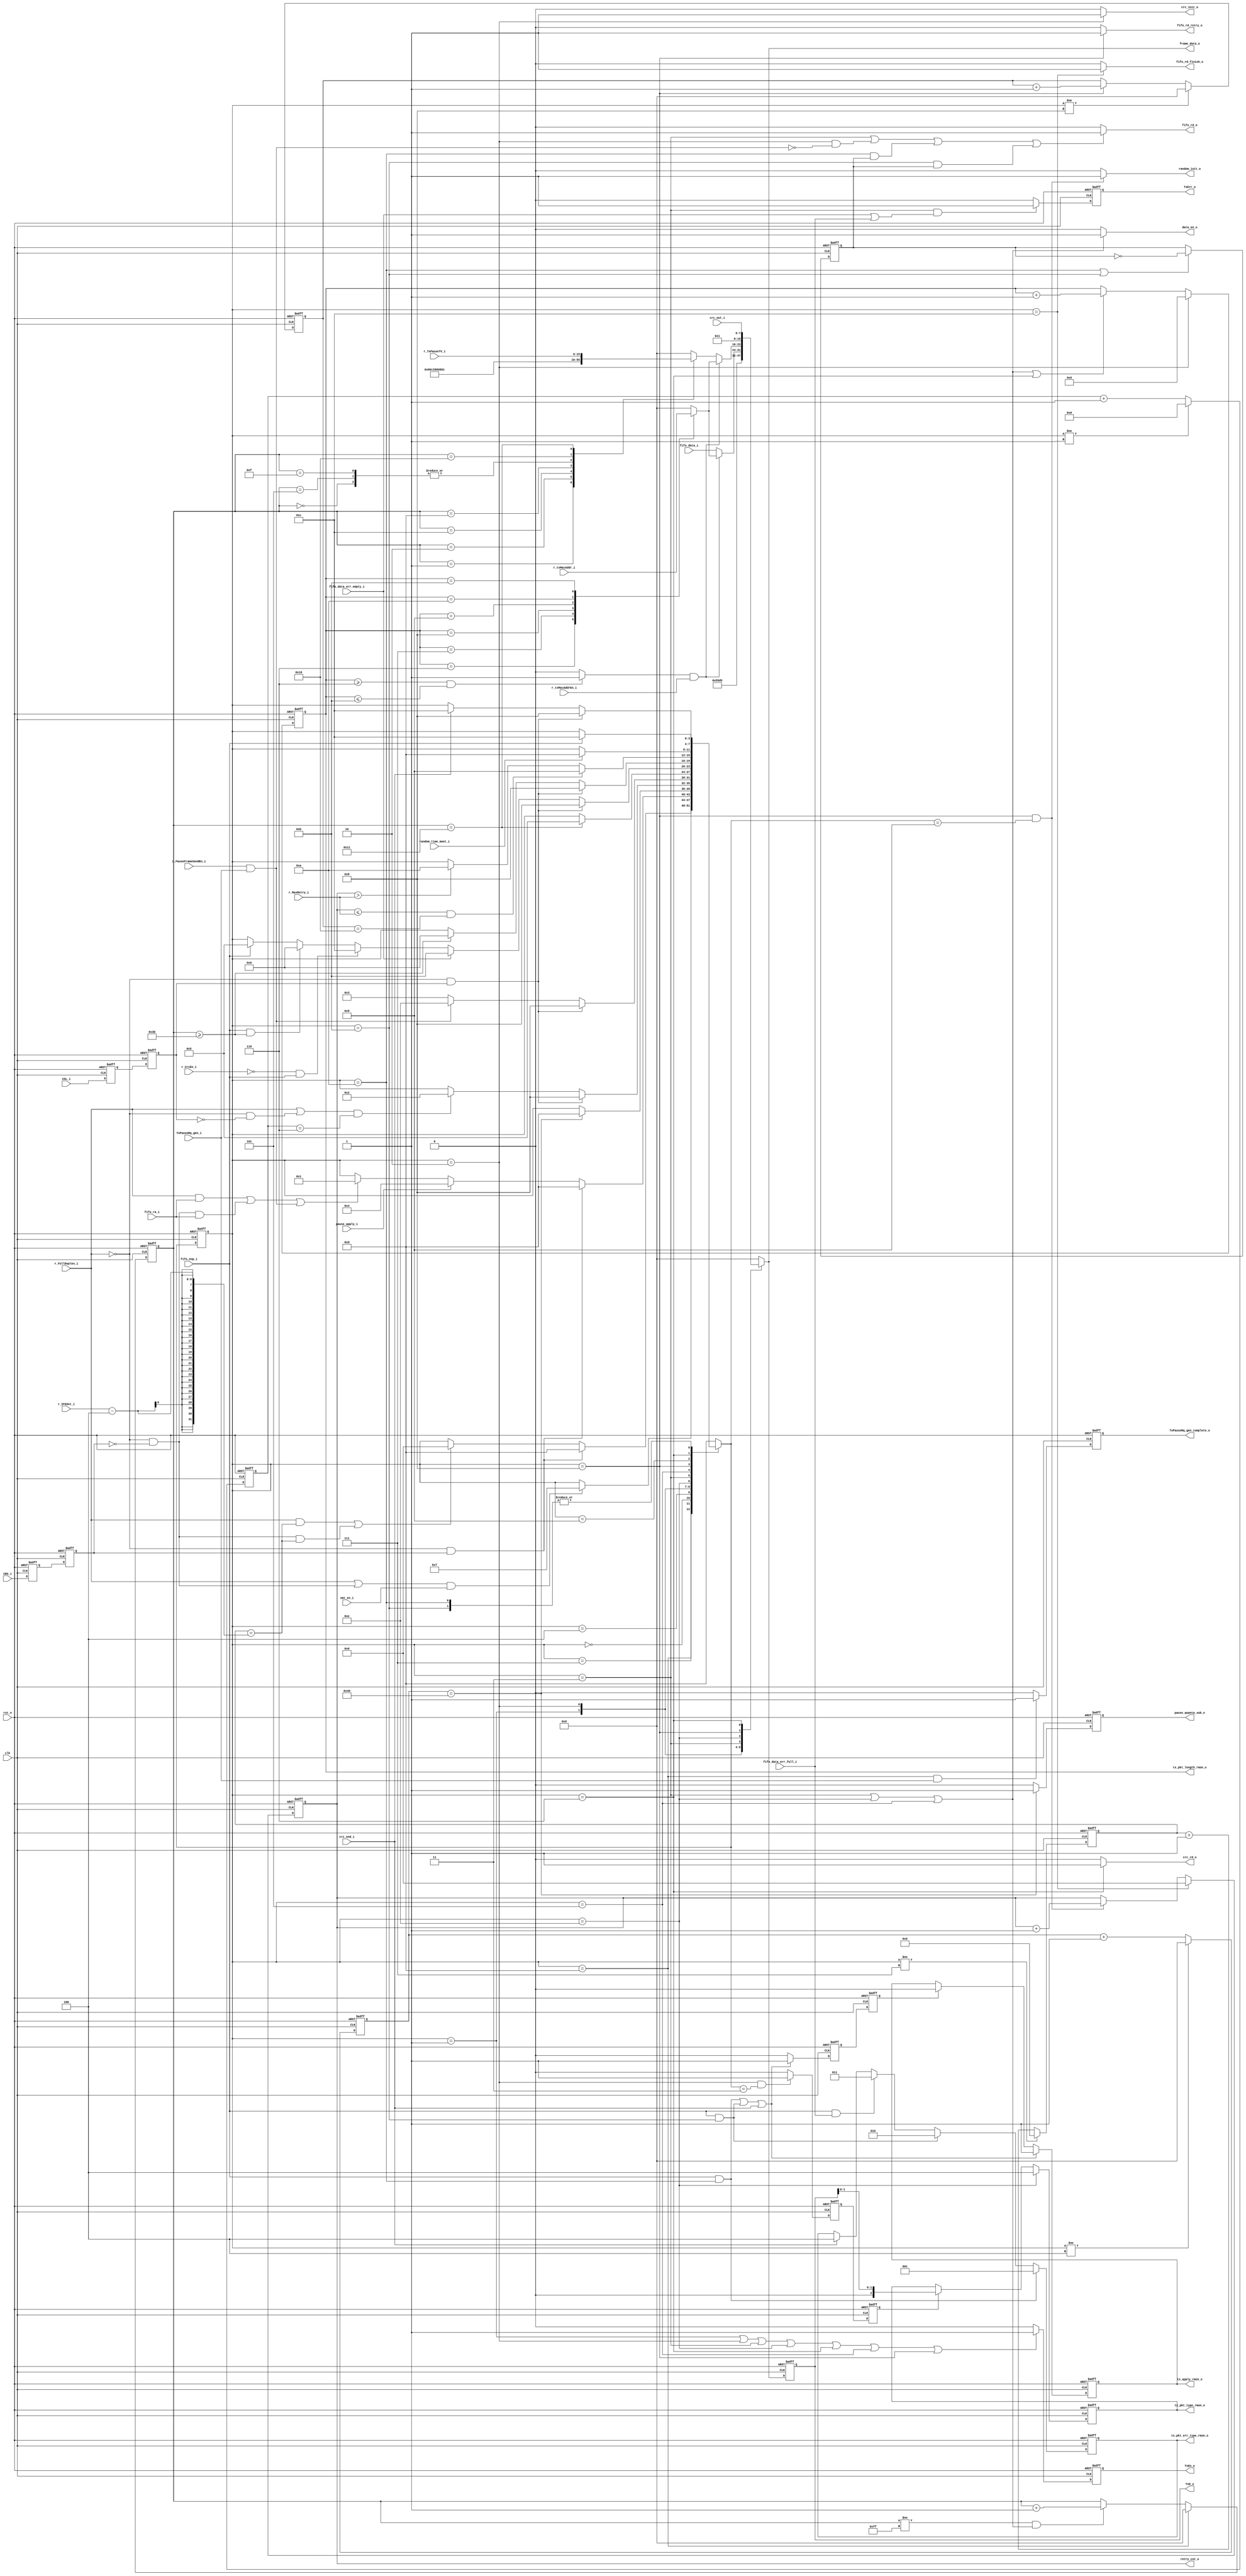
/*+
 * Copyright (c) 2022-2023 Zhengde
 *
 * Copyright (c) 2001 Jon Gao (gaojon@yahoo.com) 
 *
 * All rights reserved.
 * 
 * Redistribution and use in source and binary forms, with or without
 * modification, are permitted provided that the following conditions are met:
 * 
 * 1 Redistributions of source code must retain the above copyright notice, this
 *   list of conditions and the following disclaimer.
 * 
 * 2 Redistributions in binary form must reproduce the above copyright notice,
 *   this list of conditions and the following disclaimer in the documentation
 *   and/or other materials provided with the distribution.
 * 
 * 3 Neither the name of the copyright holder nor the names of its
 *   contributors may be used to endorse or promote products derived from
 *   this software without specific prior written permission.
 * 
 * THIS SOFTWARE IS PROVIDED BY THE COPYRIGHT HOLDERS AND CONTRIBUTORS "AS IS"
 * AND ANY EXPRESS OR IMPLIED WARRANTIES, INCLUDING, BUT NOT LIMITED TO, THE
 * IMPLIED WARRANTIES OF MERCHANTABILITY AND FITNESS FOR A PARTICULAR PURPOSE ARE
 * DISCLAIMED. IN NO EVENT SHALL THE COPYRIGHT HOLDER OR CONTRIBUTORS BE LIABLE
 * FOR ANY DIRECT, INDIRECT, INCIDENTAL, SPECIAL, EXEMPLARY, OR CONSEQUENTIAL
 * DAMAGES (INCLUDING, BUT NOT LIMITED TO, PROCUREMENT OF SUBSTITUTE GOODS OR
 * SERVICES; LOSS OF USE, DATA, OR PROFITS; OR BUSINESS INTERRUPTION) HOWEVER
 * CAUSED AND ON ANY THEORY OF LIABILITY, WHETHER IN CONTRACT, STRICT LIABILITY,
 * OR TORT (INCLUDING NEGLIGENCE OR OTHERWISE) ARISING IN ANY WAY OUT OF THE USE
 * OF THIS SOFTWARE, EVEN IF ADVISED OF THE POSSIBILITY OF SUCH DAMAGE.
-*/

/*+
 * EMAC transmit control 
-*/

module emac_tx_ctrl (  
    input               rst_n                 ,
    input               clk                   ,
    input               xmt_en_i              , //transmit enable
    //CRC generator Interface 
    output reg          crc_init_o            ,
    output [7:0]        frame_data_o          ,
    output reg          data_en_o             ,
    output reg          crc_rd_o              ,
    input               crc_end_i             ,
    input  [7:0]        crc_out_i             ,
    //random generator interface
    output reg          random_init_o         ,
    output reg [3:0]    retry_cnt_o           ,
    input               random_time_meet_i    ,//levle hight indicate random time passed away
    //flow control
    input               pause_apply_i         ,
    output reg          pause_quanta_sub_o    ,
    input               TxPauseRq_gen_i         ,
    output reg          TxPauseRq_gen_complete_o,
    //MAC TX FIFO interface
    input  [7:0]        fifo_data_i           ,
    output reg          fifo_rd_o             ,
    input               fifo_eop_i            ,
    output reg          fifo_rd_finish_o      ,
    output reg          fifo_rd_retry_o       ,
    input               fifo_ra_i             ,
    input               fifo_data_err_empty_i ,
    input               fifo_data_err_full_i  ,
    //GMII/MII
    output reg[7:0]     TxD_o                 ,
    output reg          TxEn_o                ,   
    output reg          TxErr_o               ,
    input               CRS_i                 ,  //carrier sense
    input               COL_i                 ,  //collision
    //RMON
    output reg [2:0]    tx_pkt_type_rmon_o    ,
    output reg [15:0]   tx_pkt_length_rmon_o  ,
    output reg          tx_apply_rmon_o       ,
    output reg [2:0]    tx_pkt_err_type_rmon_o,   
    //Host interface
    input               r_CrcEn_i              , //Enable Tx MAC appends the CRC to every frame
    input               r_PauseFrameSendEn_i   ,               
    input   [15:0]      r_TxPauseTV_i          , //Tx pause timer value that is sent in the pause control frame
    input               r_txMacAddrEn_i        ,               
    input   [47:0]      r_txMacAddr_i          , 
    input               r_FullDuplex_i         ,
    input  [3:0]        r_MaxRetry_i           ,
    input  [5:0]        r_IFGSet_i             
);
    //++
    //parameters defined for state machine
    //--
    parameter       StateIdle           = 4'd00;
    parameter       StatePreamble       = 4'd01;
    parameter       StateSFD            = 4'd02;
    parameter       StateData           = 4'd03;
    parameter       StatePause          = 4'd04;
    parameter       StatePAD            = 4'd05;
    parameter       StateFCS            = 4'd06;
    parameter       StateIFG            = 4'd07;
    parameter       StateJam            = 4'd08;
    parameter       StateBackOff        = 4'd09;
    parameter       StateJamDrop        = 4'd10;
    parameter       StateFFEmptyDrop    = 4'd11;
    parameter       StateSwitchNext     = 4'd12;
    parameter       StateDefer          = 4'd13;
    parameter       StateSendPauseFrame = 4'd14;

    //internal signals                                                              
    reg [3:0]       current_state   /*synthesis syn_keep=1 */;
    reg [3:0]       next_state;
    reg [5:0]       IFG_counter;
    reg [4:0]       preamble_counter;
    reg [7:0]       TxD_tmp             ;   
    reg             TxEn_tmp            ;   
    reg             TxErr_tmp           ;
    reg             tx_apply_rmon_tmp   ;
    reg             tx_apply_rmon_tmp_pl1;
    reg             mac_header_slot     ;
    reg             mac_header_slot_tmp ;
    reg             src_mac_ptr         ;
    reg [7:0]       FrameLengthCounter  ;//for pad append
    reg [7:0]       JamCounter          ;
    reg             PktDrpEvenPtr       ;
    reg [7:0]       pause_counter       ;

    //++
    //boundery signal processing, synchronization between clock domains                                                             
    //--
    reg      crs_d1, crs_d2;
    reg      col_d1, col_d2;

    always @(posedge clk or negedge rst_n) begin
        if(!rst_n) begin  
            {crs_d1, crs_d2} <= 2'b0;
            {col_d1, col_d2} <= 2'b0;
        end
        else begin  
            {crs_d1, crs_d2} <= {CRS_i, crs_d1};
            {col_d1, col_d2} <= {COL_i, col_d1};
        end     
    end

    wire carrier_sense = crs_d2;
    wire collision     = col_d2;

    //++
    //state machine                                                             
    //--
    always @(posedge clk or negedge rst_n) begin
        if(!rst_n)
            pause_counter <= 0;
        else if(current_state != StatePause)
            pause_counter <= 0;
        else 
            pause_counter <= pause_counter + 1;
    end
            
    always @(posedge clk or negedge rst_n) begin
        if(!rst_n)
            FrameLengthCounter <= 0;
        else if(current_state == StateDefer)
            FrameLengthCounter <= 0;    
        else if(FrameLengthCounter != 8'hff && (current_state == StateData 
            || current_state == StateSendPauseFrame || current_state == StatePAD))
            FrameLengthCounter <=FrameLengthCounter + 1;
    end

    //state transition
    always @(posedge clk or negedge rst_n) begin
        if(!rst_n)
            current_state <= StateDefer;
        else 
            current_state <= next_state;    
    end
        
    //state combinational logic
    always @ (*) begin
        case (current_state)   
            StateDefer:
                if((r_FullDuplex_i || (!r_FullDuplex_i && !carrier_sense)) && xmt_en_i)
                    next_state = StateIFG;
                else
                    next_state = current_state;   

            StateIFG:
                if(!r_FullDuplex_i && carrier_sense)
                    next_state = StateDefer;
                else if((r_FullDuplex_i && IFG_counter == (r_IFGSet_i-4)) || 
                    (!r_FullDuplex_i && !carrier_sense && IFG_counter == (r_IFGSet_i-4)))//remove some additional time
                    next_state = StateIdle;
                else
                    next_state = current_state;           

            StateIdle:   //if no data to be sent, normally in IDLE state
                if(!r_FullDuplex_i && carrier_sense)
                    next_state = StateDefer;
                else if(pause_apply_i)
                    next_state = StatePause;          
                else if((r_FullDuplex_i && fifo_ra_i) || (!r_FullDuplex_i && !carrier_sense && fifo_ra_i) 
                    ||(r_PauseFrameSendEn_i && TxPauseRq_gen_i))
                    next_state = StatePreamble;
                else
                    next_state = current_state;   

            StatePause:
                if(pause_counter == 512/8)
                    next_state = StateDefer;
                else
                    next_state = current_state;               

            StatePreamble:
                if(!r_FullDuplex_i && collision)
                    next_state = StateJam;
                else if((r_FullDuplex_i || (!r_FullDuplex_i && !collision)) && preamble_counter == 6)
                    next_state = StateSFD;
                else
                    next_state = current_state;

            StateSFD:
                if(!r_FullDuplex_i && collision)
                    next_state = StateJam;
                else if(r_PauseFrameSendEn_i && TxPauseRq_gen_i)
                    next_state = StateSendPauseFrame;
                else 
                    next_state = StateData;

            StateSendPauseFrame:
                if (FrameLengthCounter == 17)
                    next_state = StatePAD;
                else
                    next_state = current_state;

            StateData:
                if(!r_FullDuplex_i && collision)
                    next_state = StateJam;
                else if(fifo_data_err_empty_i)
                    next_state = StateFFEmptyDrop;                
                else if((!r_CrcEn_i) && fifo_eop_i)  //do not append CRC
                    next_state = StateSwitchNext;
                else if(fifo_eop_i && FrameLengthCounter >= 59) //IP+MAC+TYPE=60 ,start from 0
                    next_state = StateFCS;
                else if (fifo_eop_i)
                    next_state = StatePAD;
                else 
                    next_state = current_state;       

            StatePAD:
                if (!r_FullDuplex_i && collision)
                    next_state = StateJam; 
                else if (FrameLengthCounter >= 59)
                    next_state = StateFCS;        
                else 
                    next_state = current_state;

            StateJam:
                if(retry_cnt_o <= r_MaxRetry_i && JamCounter == 16) 
                    next_state = StateBackOff;
                else if(retry_cnt_o > r_MaxRetry_i)
                    next_state = StateJamDrop;
                else
                    next_state = current_state;

            StateBackOff:
                if(random_time_meet_i)
                    next_state = StateDefer;
                else 
                    next_state = current_state;

            StateFCS:
                if(!r_FullDuplex_i && collision)
                    next_state = StateJam;
                else if(crc_end_i)
                    next_state = StateSwitchNext;
                else
                    next_state = current_state;

            StateFFEmptyDrop:
                if(fifo_eop_i)
                    next_state = StateSwitchNext;
                else
                    next_state = current_state;             

            StateJamDrop:
                if(fifo_eop_i)
                    next_state = StateSwitchNext;
                else
                    next_state = current_state;

            StateSwitchNext:
                    next_state  =StateDefer;            

            default:
                next_state  =StateDefer;
        endcase
    end
        
    always @(posedge clk or negedge rst_n) begin
        if(!rst_n)
            JamCounter <= 0;
        else if (current_state != StateJam)
            JamCounter <= 0;
        else if(current_state == StateJam)
            JamCounter <= JamCounter+1;
    end
             
    always @(posedge clk or negedge rst_n) begin
        if(!rst_n)
            retry_cnt_o <= 0;
        else if(current_state == StateSwitchNext)
            retry_cnt_o <= 0;
        else if(current_state == StateJam && next_state == StateBackOff)
            retry_cnt_o <= retry_cnt_o + 1;
    end
                
    always @(posedge clk or negedge rst_n) begin
        if(!rst_n)
            IFG_counter <= 0;
        else if (current_state != StateIFG)
            IFG_counter <= 0;
        else 
            IFG_counter <= IFG_counter + 1;
    end

    always @(posedge clk or negedge rst_n) begin
        if(!rst_n)
            preamble_counter <= 0;
        else if(current_state != StatePreamble)
            preamble_counter <= 0;
        else
            preamble_counter <= preamble_counter + 1;
    end
        
    always @(posedge clk or negedge rst_n) begin
        if(!rst_n)      
            PktDrpEvenPtr <= 0;
        else if(current_state == StateJamDrop || current_state == StateFFEmptyDrop)
            PktDrpEvenPtr <= ~PktDrpEvenPtr;
    end

    //++
    //generate output signals                                                           
    //--

    //CRC related
    always @(*) begin
        if(current_state == StateSFD)
            crc_init_o = 1;
        else
            crc_init_o = 0;
    end
            
    assign frame_data_o = TxD_tmp;

    always @(*) begin
        if(current_state == StateData || current_state == StateSendPauseFrame || current_state == StatePAD)
            data_en_o = 1;
        else
            data_en_o = 0;
    end
        
    always @(*) begin
        if(current_state == StateFCS)
            crc_rd_o = 1;
        else
            crc_rd_o = 0;     
    end
    
    //random generator interface
    always @(*) begin
        if(current_state == StateJam && next_state == StateBackOff)
            random_init_o = 1;
        else
            random_init_o = 0; 
    end

    //MAC TX FIFO interface
    //data have one cycle delay after fifo read signals  
    always @(*) begin
        if(current_state == StateData ||
            current_state == StateSFD && !(r_PauseFrameSendEn_i && TxPauseRq_gen_i) ||
            current_state == StateJamDrop && PktDrpEvenPtr ||
            current_state == StateFFEmptyDrop && PktDrpEvenPtr)
            fifo_rd_o = 1;
        else
            fifo_rd_o = 0; 
    end
        
    always @(*) begin
        if(current_state == StateSwitchNext)     
            fifo_rd_finish_o = 1;
        else
            fifo_rd_finish_o = 0;
    end
        
    always @(*) begin
        if(current_state == StateJam)        
            fifo_rd_retry_o = 1;
        else
            fifo_rd_retry_o = 0;     
    end

    //GMII/MII
    always @(*) begin
        if(current_state == StatePreamble || current_state == StateSFD ||
            current_state == StateData || current_state == StateSendPauseFrame||
            current_state == StateFCS || current_state == StatePAD || current_state == StateJam)
            TxEn_tmp = 1;
        else
            TxEn_tmp = 0;
    end

    always @(*) begin
        if(current_state == StateData && (fifo_data_err_empty_i || fifo_data_err_full_i))
            TxErr_tmp = 1;
        else
            TxErr_tmp = 0;
    end

    //generate TXD data      
    reg  [7:0]  tx_mac_src_addr;

    always @(*) begin
        case (current_state)
            StatePreamble:
                TxD_tmp = 8'h55;

            StateSFD:
                TxD_tmp = 8'hd5;

            StateData:
                if (src_mac_ptr && r_txMacAddrEn_i)       
                    TxD_tmp = tx_mac_src_addr;
                else
                    TxD_tmp = fifo_data_i;

            StateSendPauseFrame:
                if (src_mac_ptr && r_txMacAddrEn_i)       
                    TxD_tmp = tx_mac_src_addr;
                else 
                    case (FrameLengthCounter)
                        7'd0:   TxD_tmp = 8'h01;
                        7'd1:   TxD_tmp = 8'h80;
                        7'd2:   TxD_tmp = 8'hc2;
                        7'd3:   TxD_tmp = 8'h00;
                        7'd4:   TxD_tmp = 8'h00;
                        7'd5:   TxD_tmp = 8'h01;
                        7'd12:  TxD_tmp = 8'h88;//type
                        7'd13:  TxD_tmp = 8'h08;//
                        7'd14:  TxD_tmp = 8'h00;//opcode
                        7'd15:  TxD_tmp = 8'h01;
                        7'd16:  TxD_tmp = r_TxPauseTV_i[15:8];
                        7'd17:  TxD_tmp = r_TxPauseTV_i[7:0];
                        default:TxD_tmp = 0;
                    endcase
            
            StatePAD:
                    TxD_tmp = 8'h00; 

            StateJam:
                    TxD_tmp = 8'h01; //jam sequence

            StateFCS:
                TxD_tmp = crc_out_i;

            default:
                TxD_tmp = 2'b0;
        endcase
    end

    always @(posedge clk or negedge rst_n) begin
        if (!rst_n) begin
            TxD_o   <= 0;
            TxEn_o  <= 0;
            TxErr_o <= 0;
        end
        else begin
            TxD_o   <= TxD_tmp;
            TxEn_o  <= TxEn_tmp;
            TxErr_o <= TxErr_tmp;
        end     
    end
    
    //++
    //RMON MIB counter logics
    //--

    always @(posedge clk or negedge rst_n) begin
        if(!rst_n)
            tx_pkt_length_rmon_o <= 0;
        else if(current_state == StateSFD)
            tx_pkt_length_rmon_o <= 0;
        else if(current_state == StateData || current_state == StateSendPauseFrame ||
                current_state == StatePAD || current_state == StateFCS)
            tx_pkt_length_rmon_o <= tx_pkt_length_rmon_o + 1;
    end
        
    always @(posedge clk or negedge rst_n) begin
        if(!rst_n)
            tx_apply_rmon_tmp <= 0;
        else if((fifo_eop_i && current_state == StateJamDrop) ||
                 (fifo_eop_i && current_state == StateFFEmptyDrop) || crc_end_i)
            tx_apply_rmon_tmp <= 1;
        else
            tx_apply_rmon_tmp <= 0; 
    end

    always @(posedge clk or negedge rst_n) begin
        if(!rst_n)
            tx_apply_rmon_tmp_pl1 <= 0;
        else
            tx_apply_rmon_tmp_pl1 <= tx_apply_rmon_tmp;
    end
        
    always @(posedge clk or negedge rst_n) begin
        if(!rst_n)
            tx_apply_rmon_o <= 0;
        else if((fifo_eop_i && current_state == StateJamDrop) ||
                 (fifo_eop_i && current_state == StateFFEmptyDrop) || crc_end_i)
            tx_apply_rmon_o <= 1;
        else if (tx_apply_rmon_tmp_pl1)
            tx_apply_rmon_o <= 0;
    end
        
    always @(posedge clk or negedge rst_n) begin
        if (!rst_n)
            tx_pkt_err_type_rmon_o <= 0;    
        else if(fifo_eop_i && current_state==StateJamDrop)
            tx_pkt_err_type_rmon_o <= 3'b001;//
        else if(fifo_eop_i && current_state == StateFFEmptyDrop)
            tx_pkt_err_type_rmon_o <= 3'b010;//underflow
        else if(fifo_eop_i && fifo_data_err_full_i)
            tx_pkt_err_type_rmon_o <= 3'b011;//overflow
        else if(crc_end_i)
            tx_pkt_err_type_rmon_o <= 3'b100;//normal
    end
        
    always @(posedge clk or negedge rst_n) begin
        if(!rst_n)
            mac_header_slot_tmp <= 0;
        else if(current_state == StateSFD && next_state==StateData)
            mac_header_slot_tmp <= 1;    
        else
            mac_header_slot_tmp <= 0;
    end
        
    always @(posedge clk or negedge rst_n) begin
        if(!rst_n)
            mac_header_slot <= 0;
        else 
            mac_header_slot <= mac_header_slot_tmp;
    end
    
    always @(posedge clk or negedge rst_n) begin
        if(!rst_n)
            tx_pkt_type_rmon_o <= 0;
        else if(current_state == StateSendPauseFrame)
            tx_pkt_type_rmon_o <= 3'b100;
        else if(mac_header_slot)
            tx_pkt_type_rmon_o <= {1'b0,TxD_o[1:0]};  //FIXME.
    end
       
    always @(*) begin
        if(tx_pkt_length_rmon_o >= 6 && tx_pkt_length_rmon_o <= 11)
            src_mac_ptr = 1;
        else
            src_mac_ptr = 0;  
    end      

    always @(*) begin
        case (tx_pkt_length_rmon_o)
            16'd6:  tx_mac_src_addr = r_txMacAddr_i[47:40];
            16'd7:  tx_mac_src_addr = r_txMacAddr_i[39:32];
            16'd8:  tx_mac_src_addr = r_txMacAddr_i[31:24];
            16'd9:  tx_mac_src_addr = r_txMacAddr_i[23:16];
            16'd10: tx_mac_src_addr = r_txMacAddr_i[15:8];
            16'd11: tx_mac_src_addr = r_txMacAddr_i[7:0];
            default:tx_mac_src_addr = 0;
        endcase
    end

    //++
    //flow control
    //--

    always @(posedge clk or negedge rst_n) begin
        if(!rst_n)
            pause_quanta_sub_o <= 0;
        else if(pause_counter == 512/8)
            pause_quanta_sub_o <= 1;
        else
            pause_quanta_sub_o <= 0;
    end
 
    always @(posedge clk or negedge rst_n) begin
        if(!rst_n) 
            TxPauseRq_gen_complete_o <=0;
        else if(current_state == StateDefer && TxPauseRq_gen_i)
            TxPauseRq_gen_complete_o <=1;
        else
            TxPauseRq_gen_complete_o <=0;
    end

endmodule